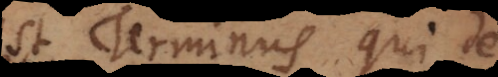
st Terminus qui de